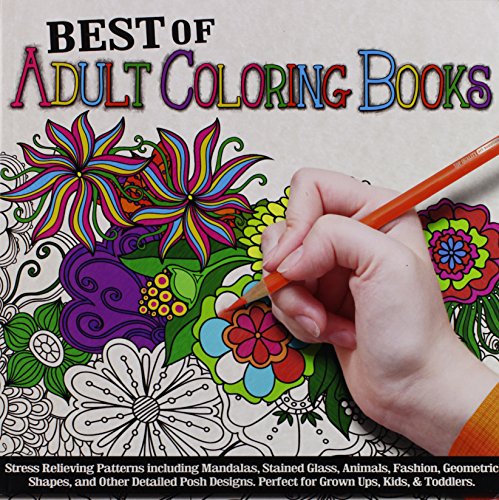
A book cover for Best of Adult Coloring Books; Top Quality Art Supplies; Self-Help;